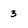
Character: 3